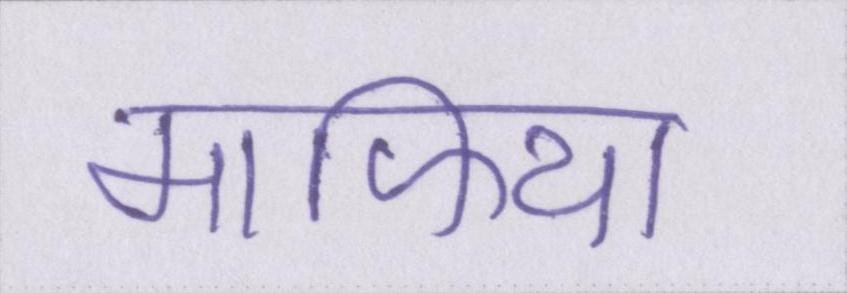
माफिया